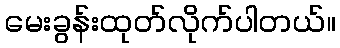
မေးခွန်းထုတ်လိုက်ပါတယ်။